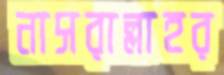
নাসরাল্লাহর